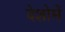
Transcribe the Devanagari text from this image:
देशोमें